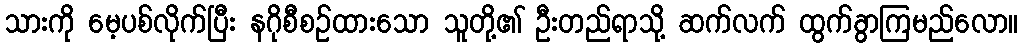
သားကို မေ့ပစ်လိုက်ပြီး နဂိုစီစဉ်ထားသော သူတို့၏ ဦးတည်ရာသို့ ဆက်လက် ထွက်ခွာကြမည်လော။